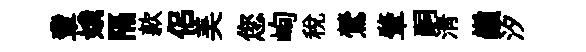
輩娥隔款侣美您峋稅鶯肇嗣淸巔汐